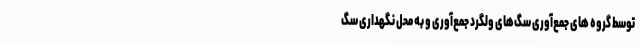
توسط گروه های جمع‌آوری سگ‌های ولگرد جمع‌آوری و به‌ محل نگهداری‌ سگ